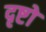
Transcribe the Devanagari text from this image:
दृष्टो